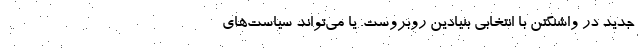
جدید در واشنگتن با انتخابی بنیادین روبروست. یا می‌تواند سیاست‌های